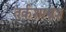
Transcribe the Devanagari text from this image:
तर्कशास्त्रज्ञ